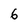
Character: 6